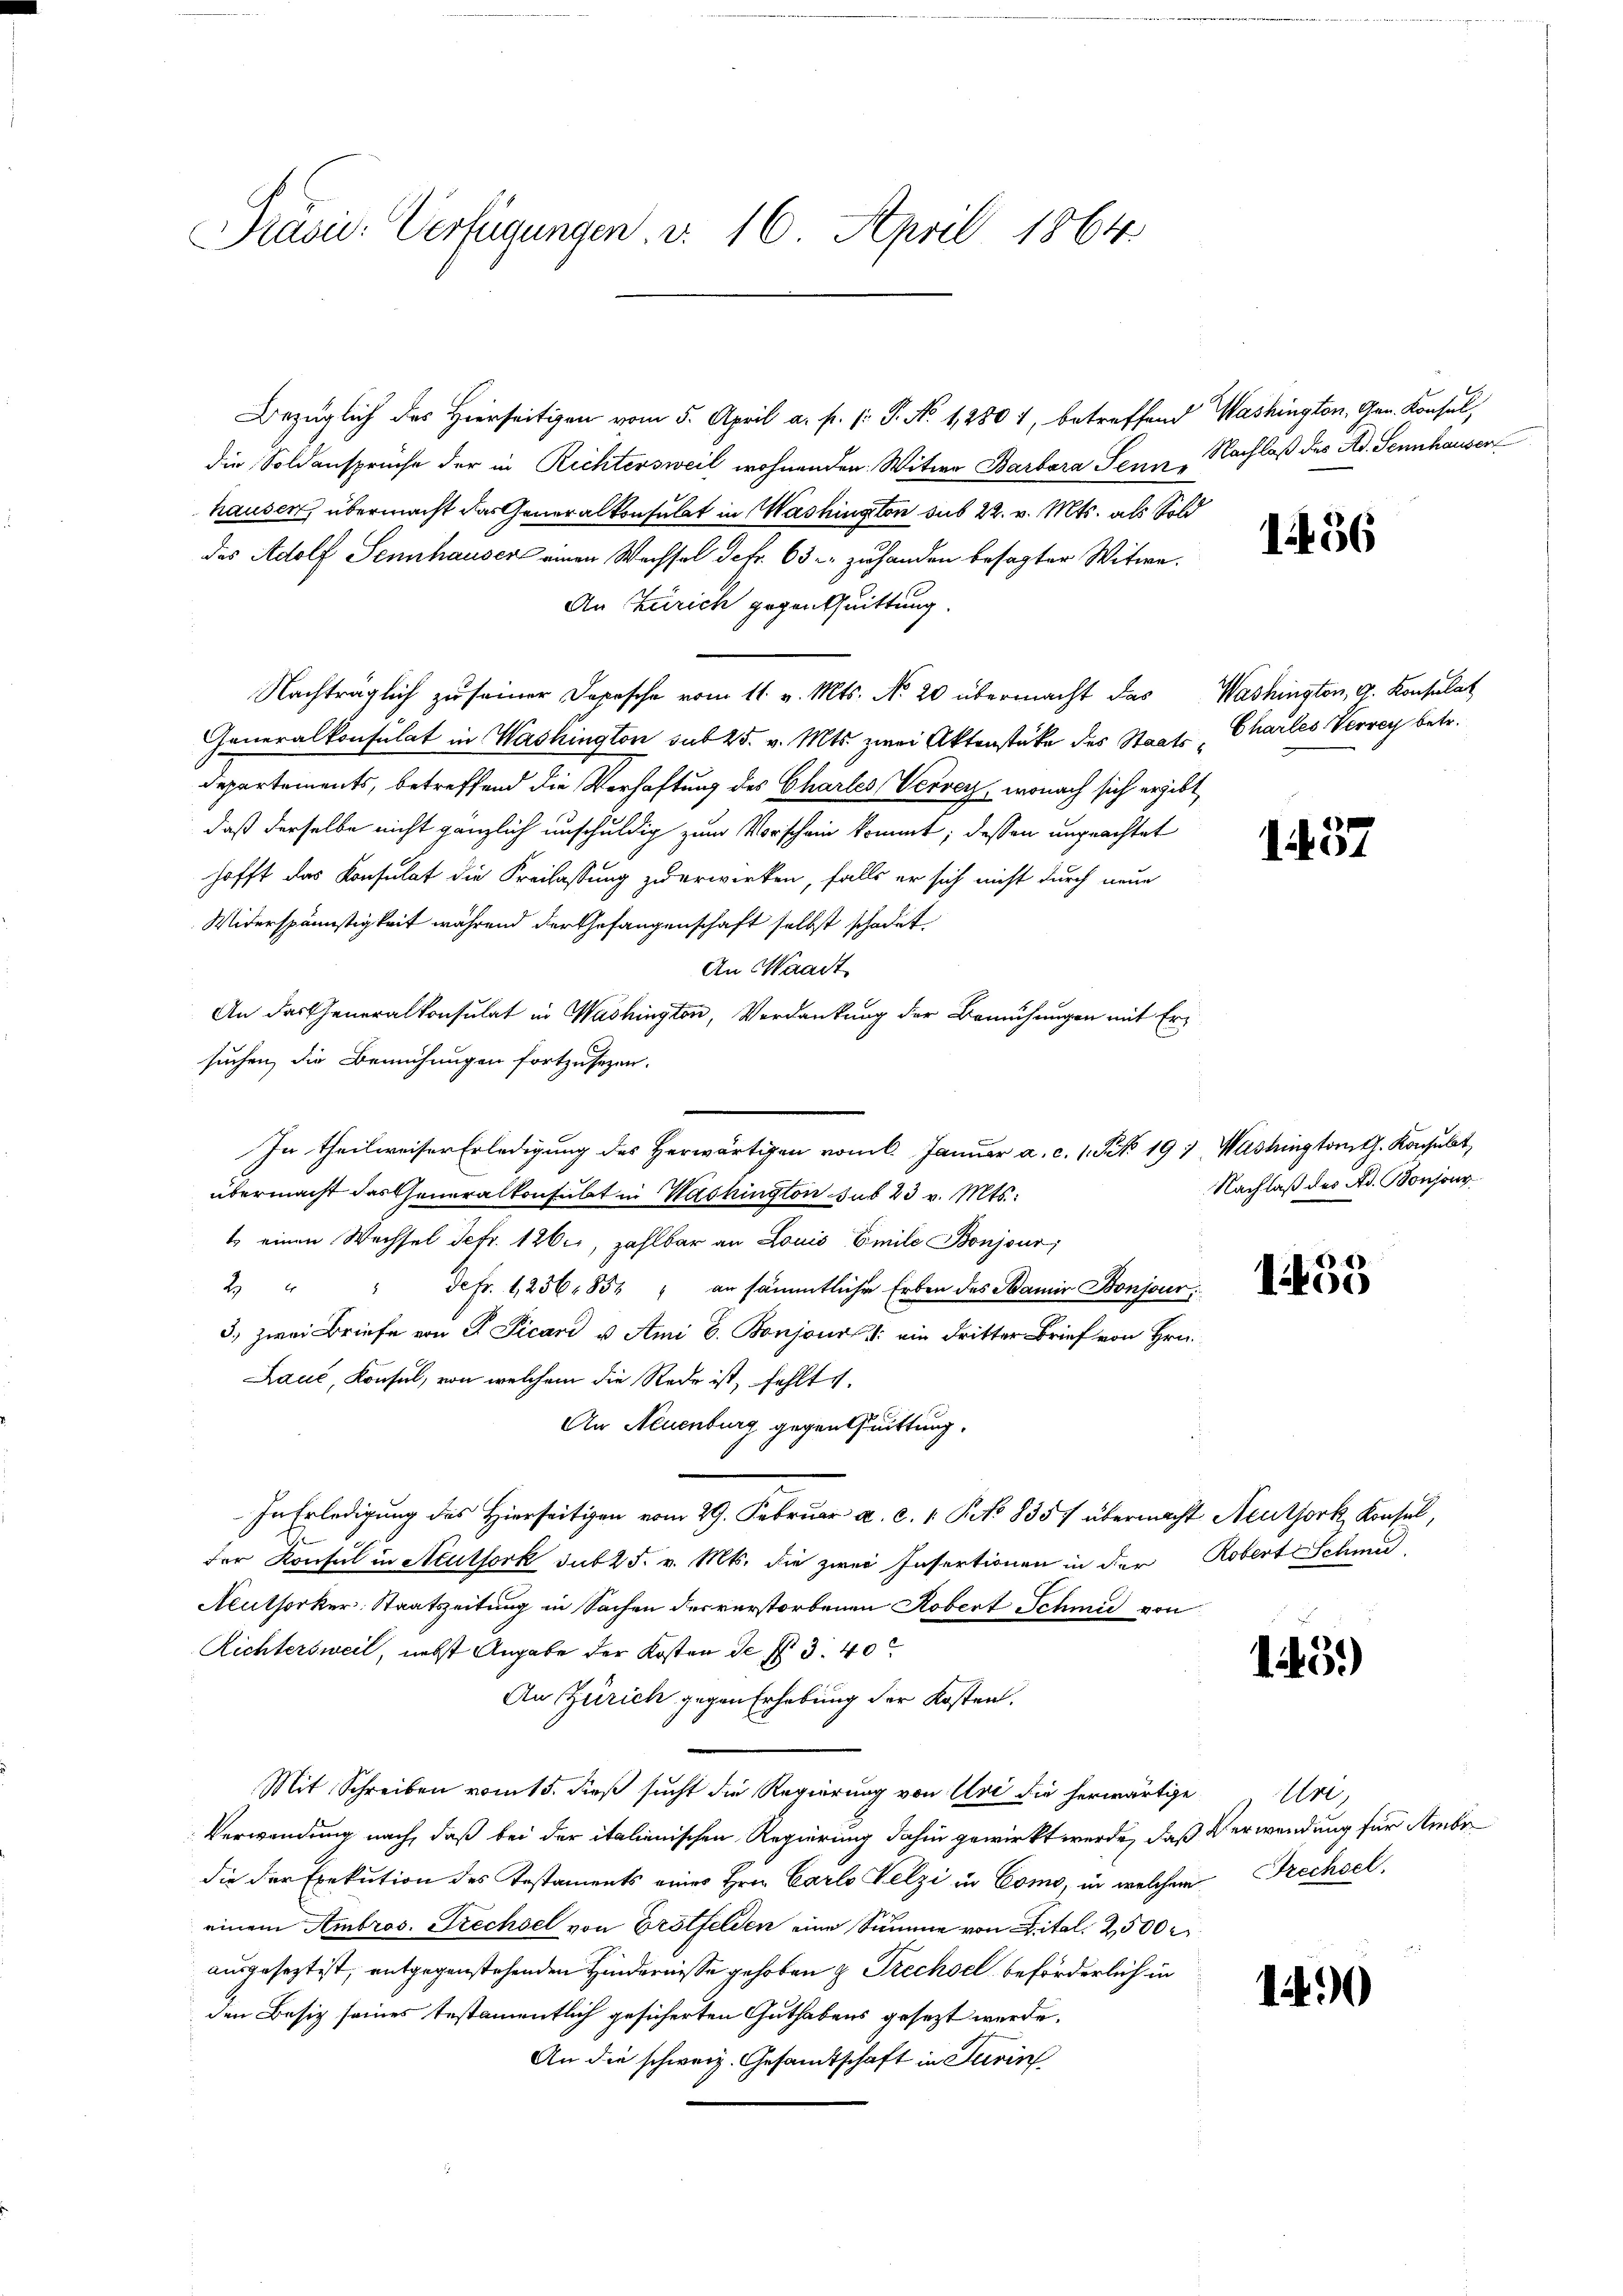
Präsi- Verfügungen v. 16. April 1864

Bezüglich des Hierseitigen vom 5. April a. f. 1: P. No 12801, betreffend Washington, Gen. Konsul,
die Soldansprüche der in Richtersweil wohnenden Witwe Barbara Tenne
hausen, übermacht das Generalkonsulat in Washington sub 22. v. Mts. als Sold
des Adolf Sennhauser einen Wassel defr. 63 - zuhanden besagter Witwe.
An Zürich gegentuittung.
Nachträglich zu seiner Depesche vom 11. v. Mts. No 20 übermacht das Washington, G. Konsulat
Generalkonsulat in Washington sub 25. v. Mts. zwei Aktenstüke des Staats-Charles Vervey betr.
Departements, betreffend die Verhaftung des Chartes Verbey, wonach sich ergibt
daß derselbe nicht gänzlich unschuldig zum Vorschein kommt; dessen unprachtet
hofft das Konsulat die Freilassung zu erwirken, falls er sich nicht durch neue
Widerspännstigkeit während der Gefangenschaft selbst schadet
An Waadt
An das Generalkonsulat in Washington, Verdankung der Bemühungen mit Ersuchen, die Bemühungen fortzusezen.
In theilweiser Erledigung des Herwärtigen vom 6. Januar a. c. 1 S. 191, Washingtont. Konsulat
übermacht das Generalkonfübt in Washington sub 23 v. Mts.:
t einen Wechsel Sefr. 126, zahlbar an Louis Emile Bonjour
2. " " defr. 1256. 854 " an sämmtliche Erben des Mamir Bonjour,
3.) Zwei Briefe von F. Picani u. Ami E. Bonjour 1. ein dritter Brief von Hrn.
Rauć, Konsul, von welchem die Rede ist, fehlt s
An Neuenburg gegentuittung.
In Erledigung des Hierseitigen vom 29. Februar a. c. 1 Pto 835/ übermacht Neuthork, Konsul,
der Konsul in Acutfork sub 25. v. Mts. die zwei Insertionen in der Robert Schmid
Aeuthorker-Staatszeitung in Sachen der verstorbenen Robert Schmie von
Richtersweil, nebst Angabe der Kosten de f. 3.40
An Zürich gegen Erhebung der Kosten.
Mit Schreiben vom 15. dieß sucht die Regierung von Uri die herwärtige Art,
Verwendung nach, daß bei der italienischen Regierung dahin gewirkt werde, daß Verwendung für Ambr
die der Exekution des Testaments eines Hrn. Carlo Pelzi in Como, in welchem Frechsel,
einem Ambros. Frechsel von Erstfelden eine Summe von Zital. 2500 r
ausgesezt ist, entgegenstehenden Hindernisse gehoben & Prechsel beförderlich in
den Besiz seines testamentlich gesicherten Guthabens gesezt werde.
An die schweiz. Gesamtschaft in Turin

Nachlaß des Ad. Sennhauser

1436

1457

Nachlaß des Ad. Bonsons

155

15.)

1490